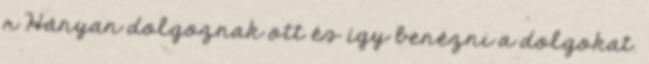
r Hányan dolgoznak ott és így benézni a dolgokat.